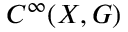
C ^ { \infty } ( X , G )